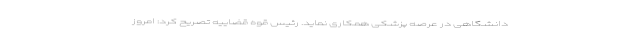
دانشگاهی در عرصه پزشکی همکاری نماید. رئیس قوه قضاییه تصریح کرد: امروز